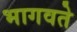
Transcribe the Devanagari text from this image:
भागवते